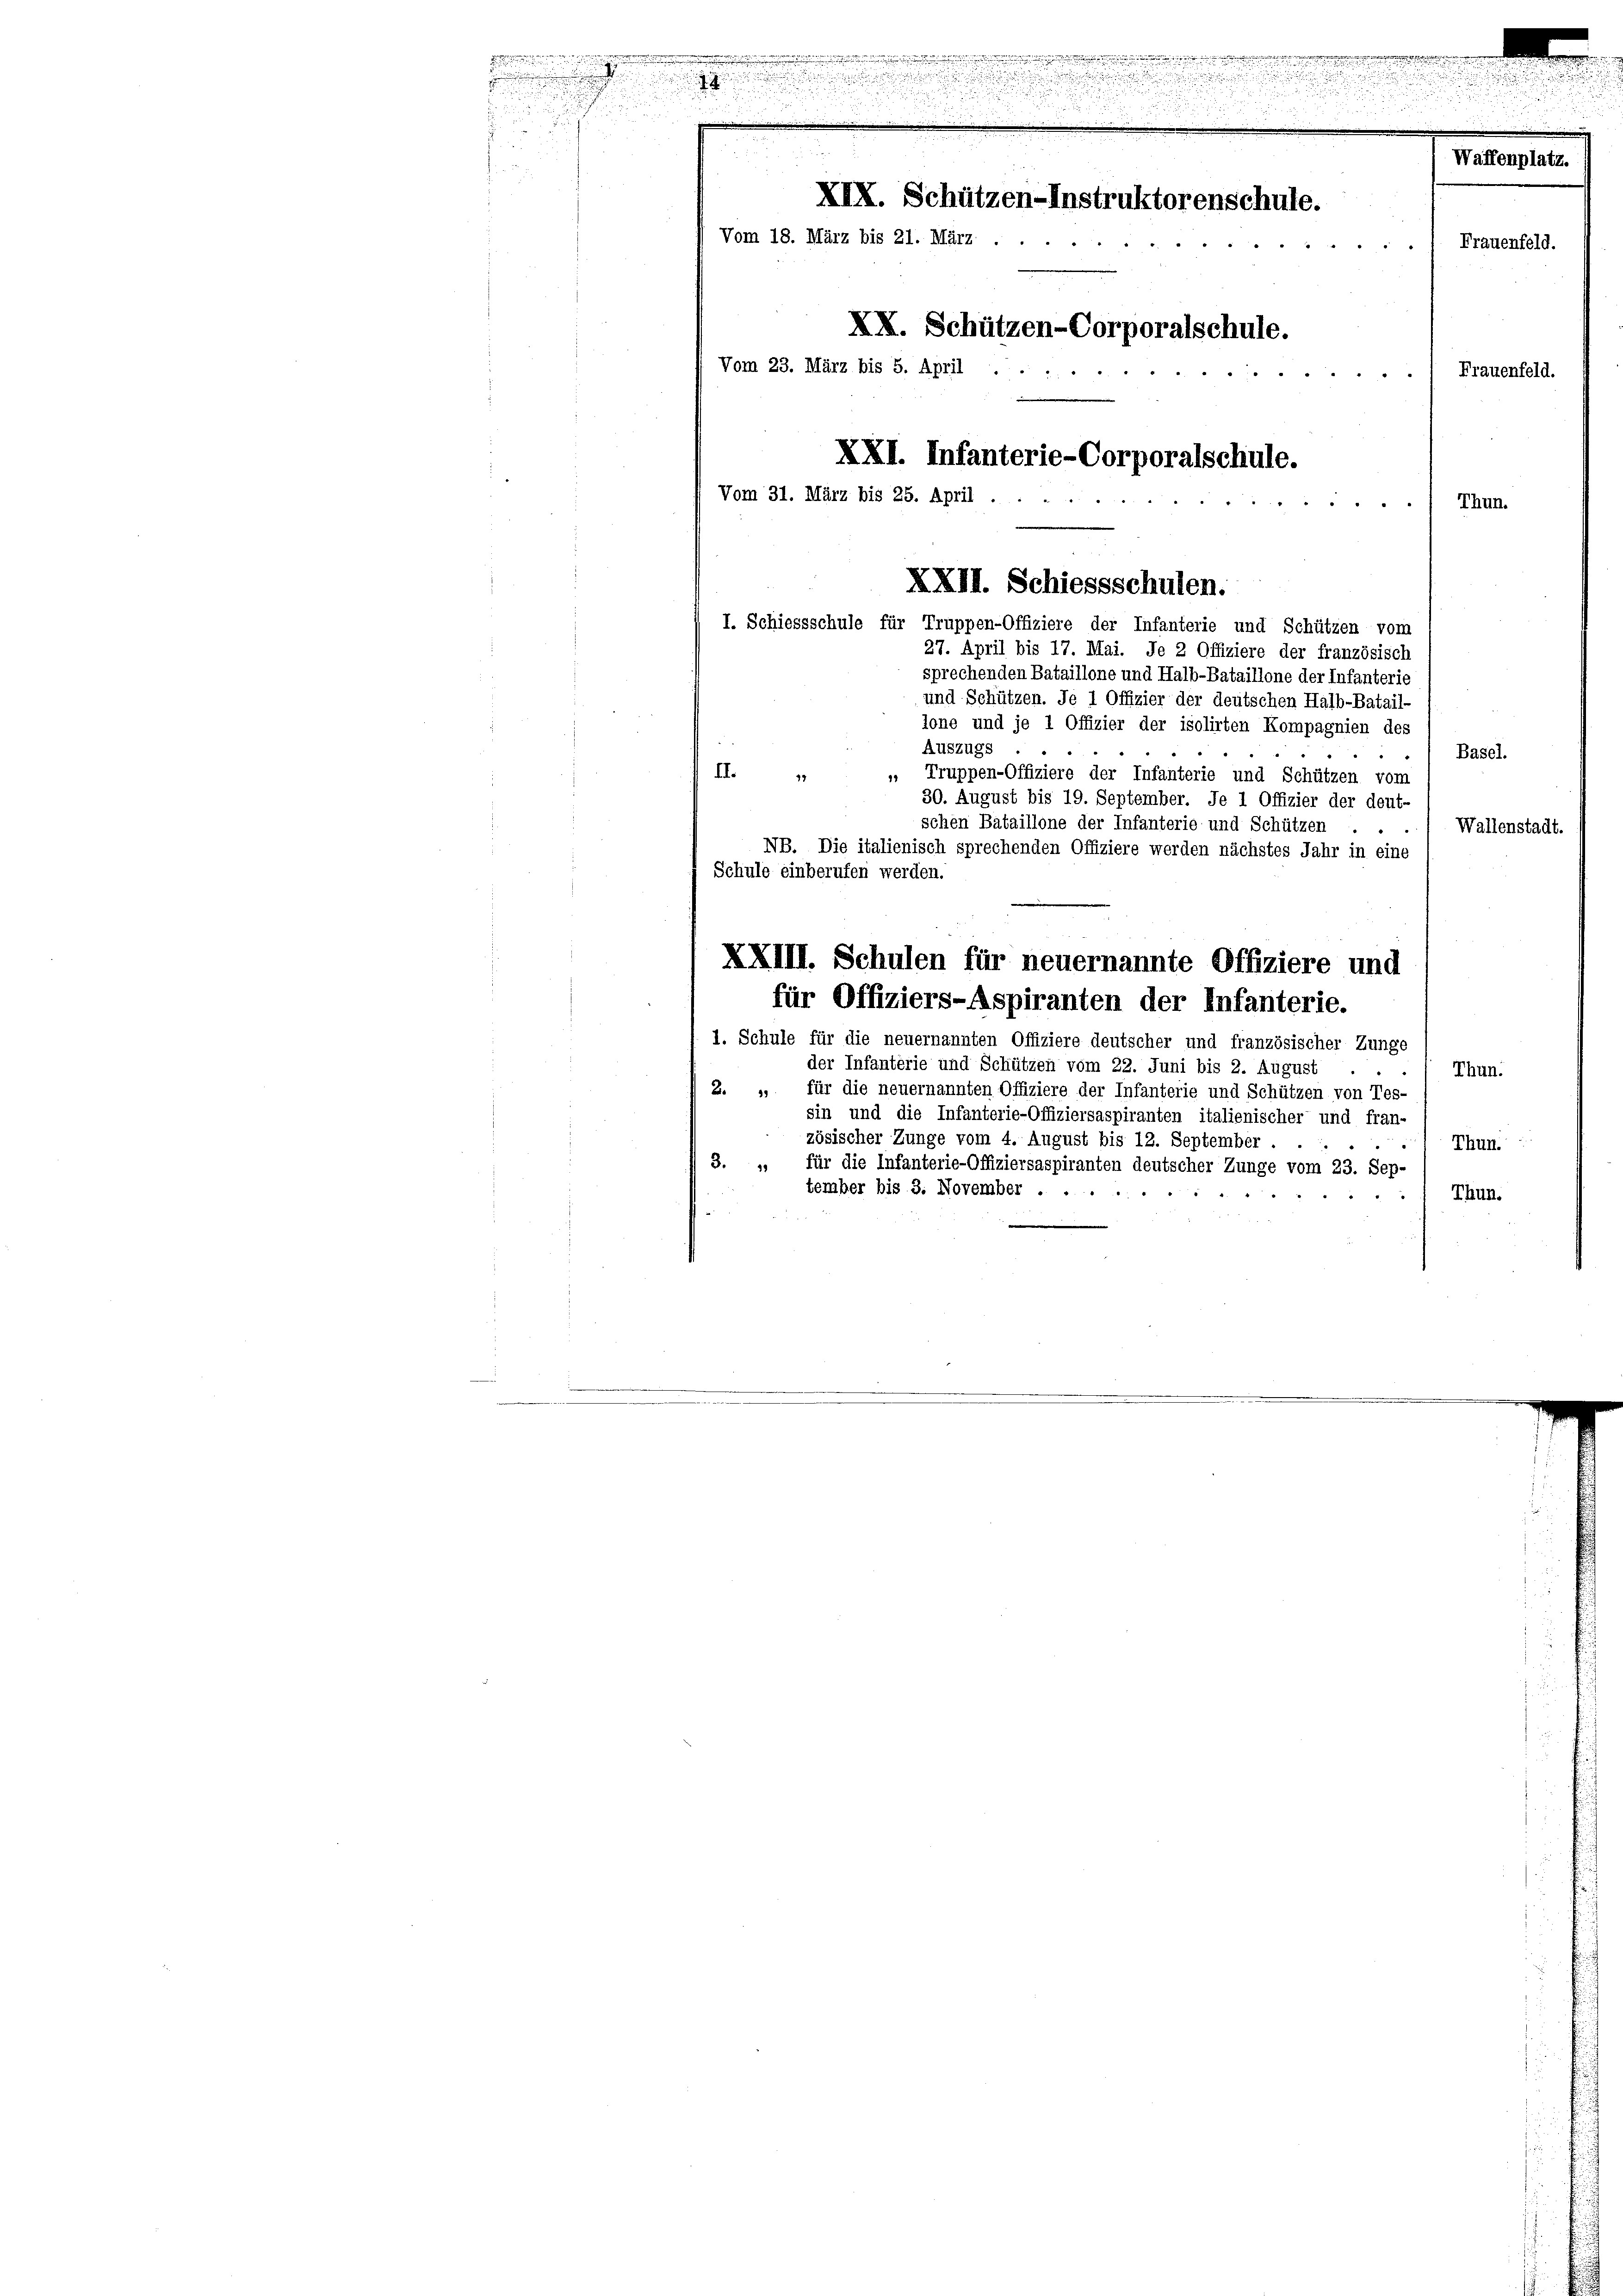
e
e

.

u
n
.

u

Waffenplatz.
e
XIX. Schützen-Instruktorenschule.
Vom 18. März bis 21. März

XX. Schützen-Corporalschule.
Vom 23. März bis 5. April
Frauenfeld.
A
XXI. Infanterie-Corporalschule.
Vom 31. März bis 25. April.
Thun.

XXII. Schiessschulen.
I. Schiessschule für Truppen-Offiziere der Infanterie und Schützen vom
27. April bis 17. Mai. Je 2 Offiziere der französisch

Frauenfeld.

sprechenden Bataillone und Halb-Bataillone der Infanterie
und Schützen. Je 1 Offizier der deutschen Halb-Batail-
lone und je 1 Offizier der isolirten Kompagnien des
Auszugs .
Basel.
II. 1
Truppen-Offiziere der Infanterie und Schützen vom
30. August bis 19. September. Je 1 Offizier der deut-
schen Bataillone der Infanterie und Schützen
Wallenstadt.
NB. Die italienisch sprechenden Offiziere werden nächstes Jahr in eine
Schule einberufen werden.
XXIII. Schulen für neuernannte Offiziere und
für Offiziers-Aspiranten der Infanterie.
1. Schule für die neuernannten Offiziere deutscher und französischer Zunge
der Infantérie und Schützen vom 22. Juni bis 2. August
Thun.
2. „ für die neuernannten Offiziere der Infanterie und Schützen von Tes-
sin und die Infanterie-Offiziersaspiranten italienischer und fran-
zösischer Zunge vom 4. August bis 12. September . . .
Thun.
3. " für die Infanterie-Offiziersaspiranten deutscher Zunge vom 23. Sep.
tember bis 3. November .
Thun.
d